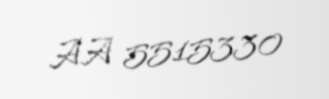
AA 5515330